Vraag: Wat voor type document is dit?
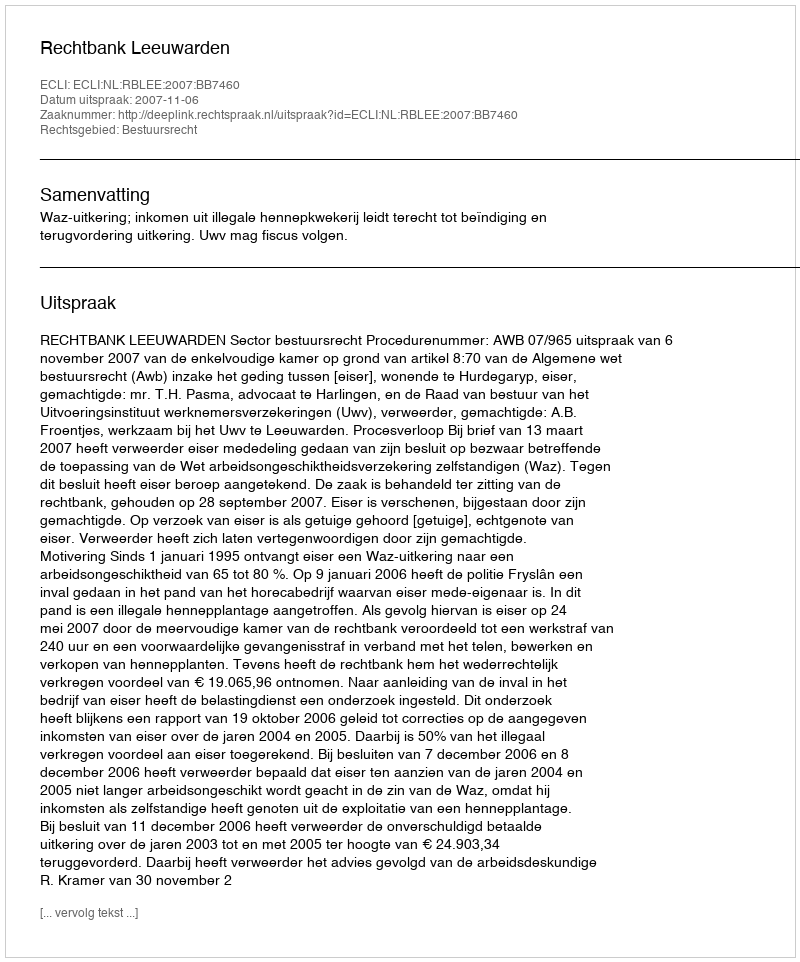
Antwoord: Uitspraak